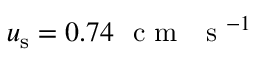
u _ { \mathrm { s } } = 0 . 7 4 ~ \textrm { c m } ~ \textrm { s } ^ { - 1 }